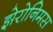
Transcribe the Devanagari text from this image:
झेरोनिमस